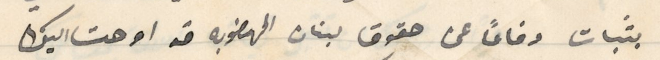
بثبات دفاعاً عن حقوق لبنان المهضوبه قد اوحت اليك